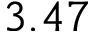
3 . 4 7